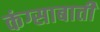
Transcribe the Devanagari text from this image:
कंग्साबाती